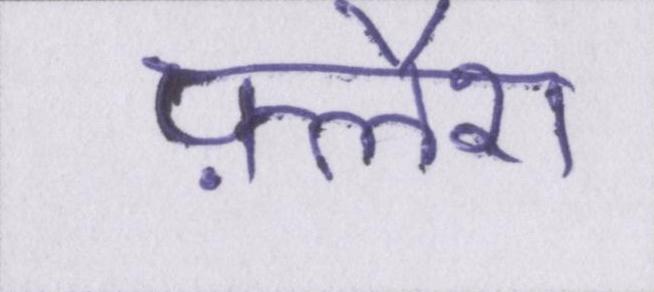
फ़्लैश